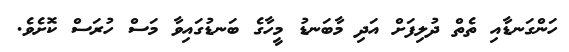
ހަންގަނޑާއި ތެތް ދުލިފަށް އަދި މާބަނޑު މީހާގެ ބަނޑުގައިވާ މަސް ހުރަސް ކޮށެވެ.